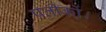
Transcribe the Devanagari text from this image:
प्रतीकों।